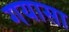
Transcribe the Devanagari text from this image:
गयासा